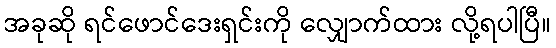
အခုဆို ရင်ဖောင်ဒေးရှင်းကို လျှောက်ထား လို့ရပါပြီ။